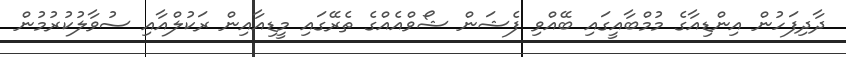
ދާދިފަހުން އިންޑިއާގެ މުމްބާއީގައި ބޭއްވި ފެޝަން ޝޯވްއެއްގެ ތެރޭގައި މީޑިއާއިން ރަކުލްއާއި ސުވާލުކުރުމުން